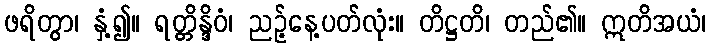
ဖရိတွာ၊ နှံ့၍။ ရတ္တိန္ဒိဝံ၊ ညဉ့်နေ့ပတ်လုံး။ တိဋ္ဌတိ၊ တည်၏။ ဣတိအယံ၊